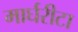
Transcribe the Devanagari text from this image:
मार्घरीटा